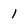
Character: 1